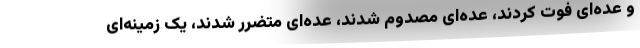
و عده‌ای فوت کردند، عده‌ای مصدوم شدند، عده‌ای متضرر شدند، یک زمینه‌ای